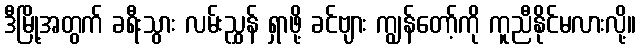
ဒီမြို့အတွက် ခရီးသွား လမ်းညွှန် ရှာဖို့ ခင်ဗျား ကျွန်တော့်ကို ကူညီနိုင်မလားလို့။